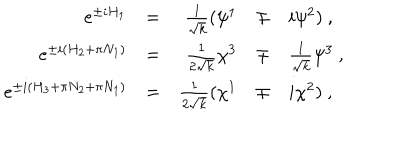
LaTeX: \begin{array} { r c r c l } { { e ^ { \pm i H _ { 1 } } } } & { { = } } & { { \frac 1 { \sqrt { k } } ( \psi ^ { 1 } } } & { { \mp } } & { { i \psi ^ { 2 } ) ~ , } } \\ { { e ^ { \pm i ( H _ { 2 } + \pi N _ { 1 } ) } } } & { { = } } & { { { \frac { 1 } { 2 \sqrt { k } } } \chi ^ { 3 } } } & { { \mp } } & { { { \frac { 1 } { \sqrt { k } } } \psi ^ { 3 } ~ , } } \\ { { e ^ { \pm i ( H _ { 3 } + \pi N _ { 2 } + \pi N _ { 1 } ) } } } & { { = } } & { { \frac 1 { 2 \sqrt { k } } ( \chi ^ { 1 } } } & { { \mp } } & { { i \chi ^ { 2 } ) ~ , } } \\ \end{array}